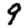
Digit: 9